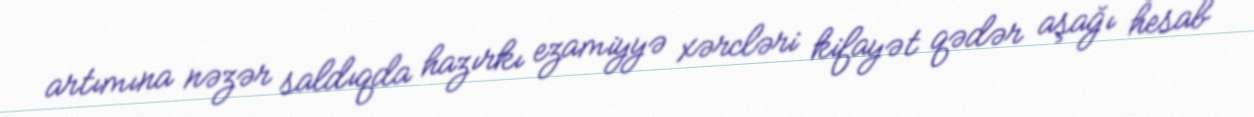
artımına nəzər saldıqda hazırkı ezamiyyə xərcləri kifayət qədər aşağı hesab